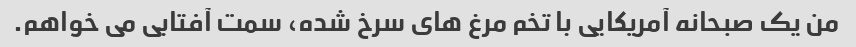
من یک صبحانه آمریکایی با تخم مرغ های سرخ شده، سمت آفتابی می خواهم.